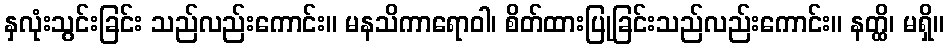
နှလုံးသွင်းခြင်း သည်လည်းကောင်း။ မနသိကာရောဝါ၊ စိတ်ထားပြုခြင်းသည်လည်းကောင်း။ နတ္ထိ၊ မရှိ။